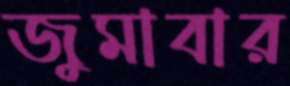
জুমাবার